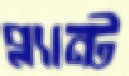
প্ল্যান্ট